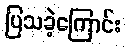
ပြသခဲ့ကြောင်း